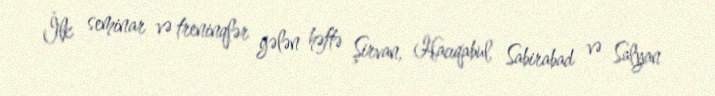
İlk seminar və treninqlər gələn həftə Şirvan, Hacıqabul, Sabirabad və Salyan